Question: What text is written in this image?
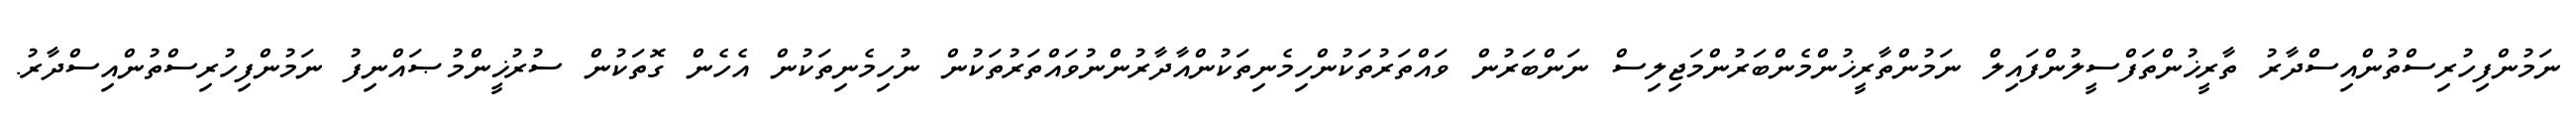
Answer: ނަމުންފިހުރިސްތުންއިސްދާރު ތާރީޚުންތަފްސީލުންފައިލް ނަމުންތާރީޚުންމެންބަރުންމަޖިލިސް ނަންބަރުން ވައްތަރުތަކުންހިމެނިތަކުންއާދާރުންނުވައްތަރުތަކުން ނުހިމެނިތަކުން އެހެން ގޮތަކުން ސުރުޚީންމުޞައްނިފު ނަމުންފިހުރިސްތުންއިސްދާރު.